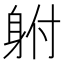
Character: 䠵